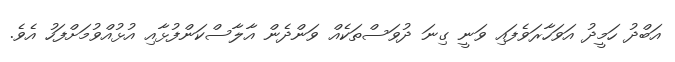
އަބްދު ހަމީދު އަވަހާރަވެފައި ވަނީ ގިނަ ދުވަސްތަކެއް ވަންދެން އާލާސްކަންފުޅާއި އުޅުއްވުމަށްފަހު އެވެ.